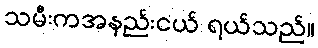
သမီးကအနည်းငယ် ရယ်သည်။